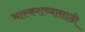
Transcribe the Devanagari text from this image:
भास्कराच्यासाठी